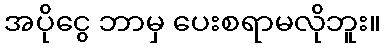
အပိုငွေ ဘာမှ ပေးစရာမလိုဘူး။